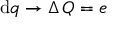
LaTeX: \mathrm { d } q \to \Delta \, Q = e